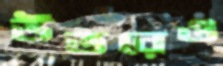
উতরেও